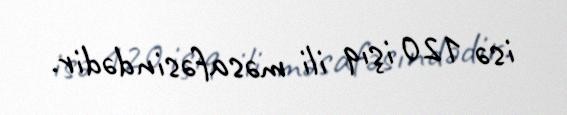
isə 120 işıq ili məsafəsindədir.